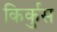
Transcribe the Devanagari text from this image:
किर्कुस